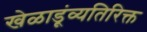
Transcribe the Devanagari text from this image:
खेळाडूंव्यतिरिक्त